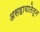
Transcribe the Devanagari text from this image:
असहायातेतून